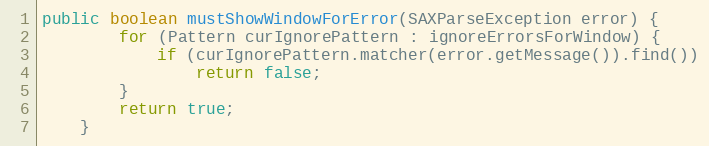
Language: Java
public boolean mustShowWindowForError(SAXParseException error) {
		for (Pattern curIgnorePattern : ignoreErrorsForWindow) {
			if (curIgnorePattern.matcher(error.getMessage()).find())
				return false;
		}
		return true;
	}